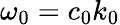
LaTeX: \omega_{0}=c_{0}k_{0}